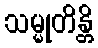
သမ္မုတိန္တိ